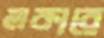
লকারে